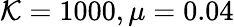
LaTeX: \mathcal{K}=1000,\mu=0.04